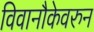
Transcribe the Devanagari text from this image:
विवानौकेवरुन